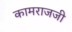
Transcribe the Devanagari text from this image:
कामराजजी